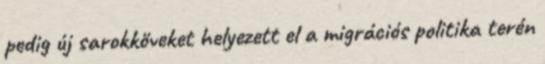
pedig új sarokköveket helyezett el a migrációs politika terén